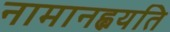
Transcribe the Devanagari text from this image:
नामानह्वयति